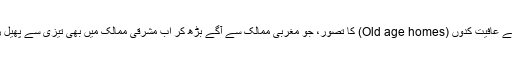
موجودہ دور میں بوڑھوں کے عافیت کدوں (Old age homes) کا تصور، جو مغربی ممالک سے آگے بڑھ کر اب مشرقی ممالک میں بھی تیزی سے پھیل رہے ہیں،اسی کا نتیجہ ہے۔